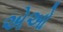
એઓ